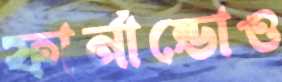
ফার্নান্ডোও